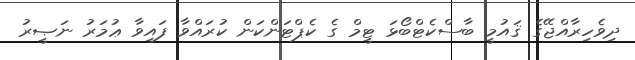
ދިވެހިރާއްޖޭގެ ޤައުމީ ބާސްކެޓްބޯޅަ ޓީމް ގެ ކެޕްޓަންކަން ކުރައްވާ ފައިވާ ޢުމަރު ނަޞީރު